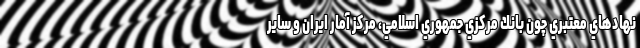
نهادهاي معتبري چون بانك مركزي جمهوري اسلامي، مركز آمار ايران و ساير